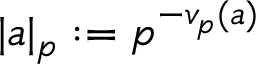
| a | _ { p } : = p ^ { - v _ { p } ( a ) }